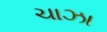
ચાઝા